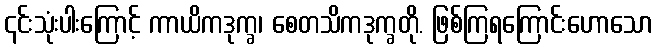
၎င်းသုံးပါးကြောင့် ကာယိကဒုက္ခ၊ စေတသိကဒုက္ခတို. ဖြစ်ကြရကြောင်းဟောသော